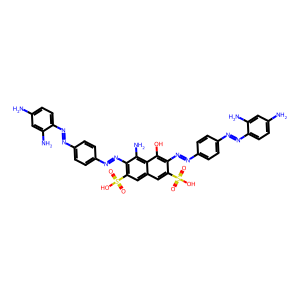
SMILES: Nc1ccc(N=Nc2ccc(N=Nc3c(S(=O)(=O)O)cc4cc(S(=O)(=O)O)c(N=Nc5ccc(N=Nc6ccc(N)cc6N)cc5)c(O)c4c3N)cc2)c(N)c1
Inhibits HIV replication: Yes